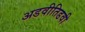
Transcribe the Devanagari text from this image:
अडवीतिडवी